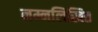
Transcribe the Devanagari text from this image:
नम्नलिखित